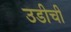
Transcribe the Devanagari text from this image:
उडीची